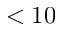
< 1 0